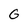
Character: G